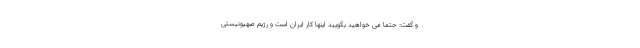
و گفت: حتما می خواهید بگویید اینها کار ایران است و رژیم صهیونیستی